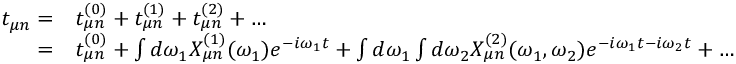
\begin{array} { r l } { t _ { \mu n } = } & { t _ { \mu n } ^ { ( 0 ) } + t _ { \mu n } ^ { ( 1 ) } + t _ { \mu n } ^ { ( 2 ) } + \dots } \\ { = } & { t _ { \mu n } ^ { ( 0 ) } + \int d \omega _ { 1 } X _ { \mu n } ^ { ( 1 ) } ( \omega _ { 1 } ) e ^ { - i \omega _ { 1 } t } + \int d \omega _ { 1 } \int d \omega _ { 2 } X _ { \mu n } ^ { ( 2 ) } ( \omega _ { 1 } , \omega _ { 2 } ) e ^ { - i \omega _ { 1 } t - i \omega _ { 2 } t } + \dots } \end{array}